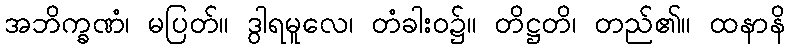
အဘိက္ခဏံ၊ မပြတ်။ ဒွါရမူလေ၊ တံခါးဝ၌။ တိဋ္ဌတိ၊ တည်၏။ ထနာနိ